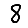
Digit: 8